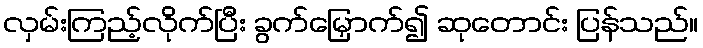
လှမ်းကြည့်လိုက်ပြီး ခွက်မြှောက်၍ ဆုတောင်း ပြန်သည်။